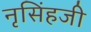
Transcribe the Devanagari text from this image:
नृसिंहजी